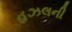
હઝલની